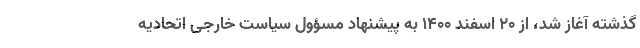
گذشته آغاز شد، از ۲۰ اسفند ۱۴۰۰ به پیشنهاد مسؤول سیاست خارجی اتحادیه